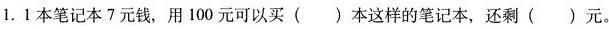
1.1本笔记本7元钱，用100元可以买()本这样的笔记本，还剩()元。